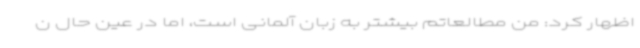
اظهار کرد: من مطالعاتم بیشتر به زبان آلمانی است، اما در عین حال ن